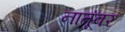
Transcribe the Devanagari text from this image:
नातूंवर